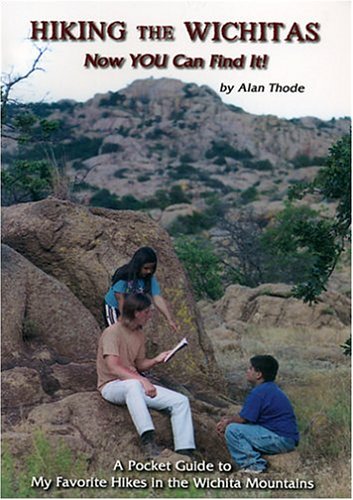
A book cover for Hiking the Wichitas: Now YOU Can Find It!; Alan Thode; Travel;